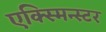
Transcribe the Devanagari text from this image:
एक्स्मिन्स्टर